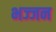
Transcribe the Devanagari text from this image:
भज्जन